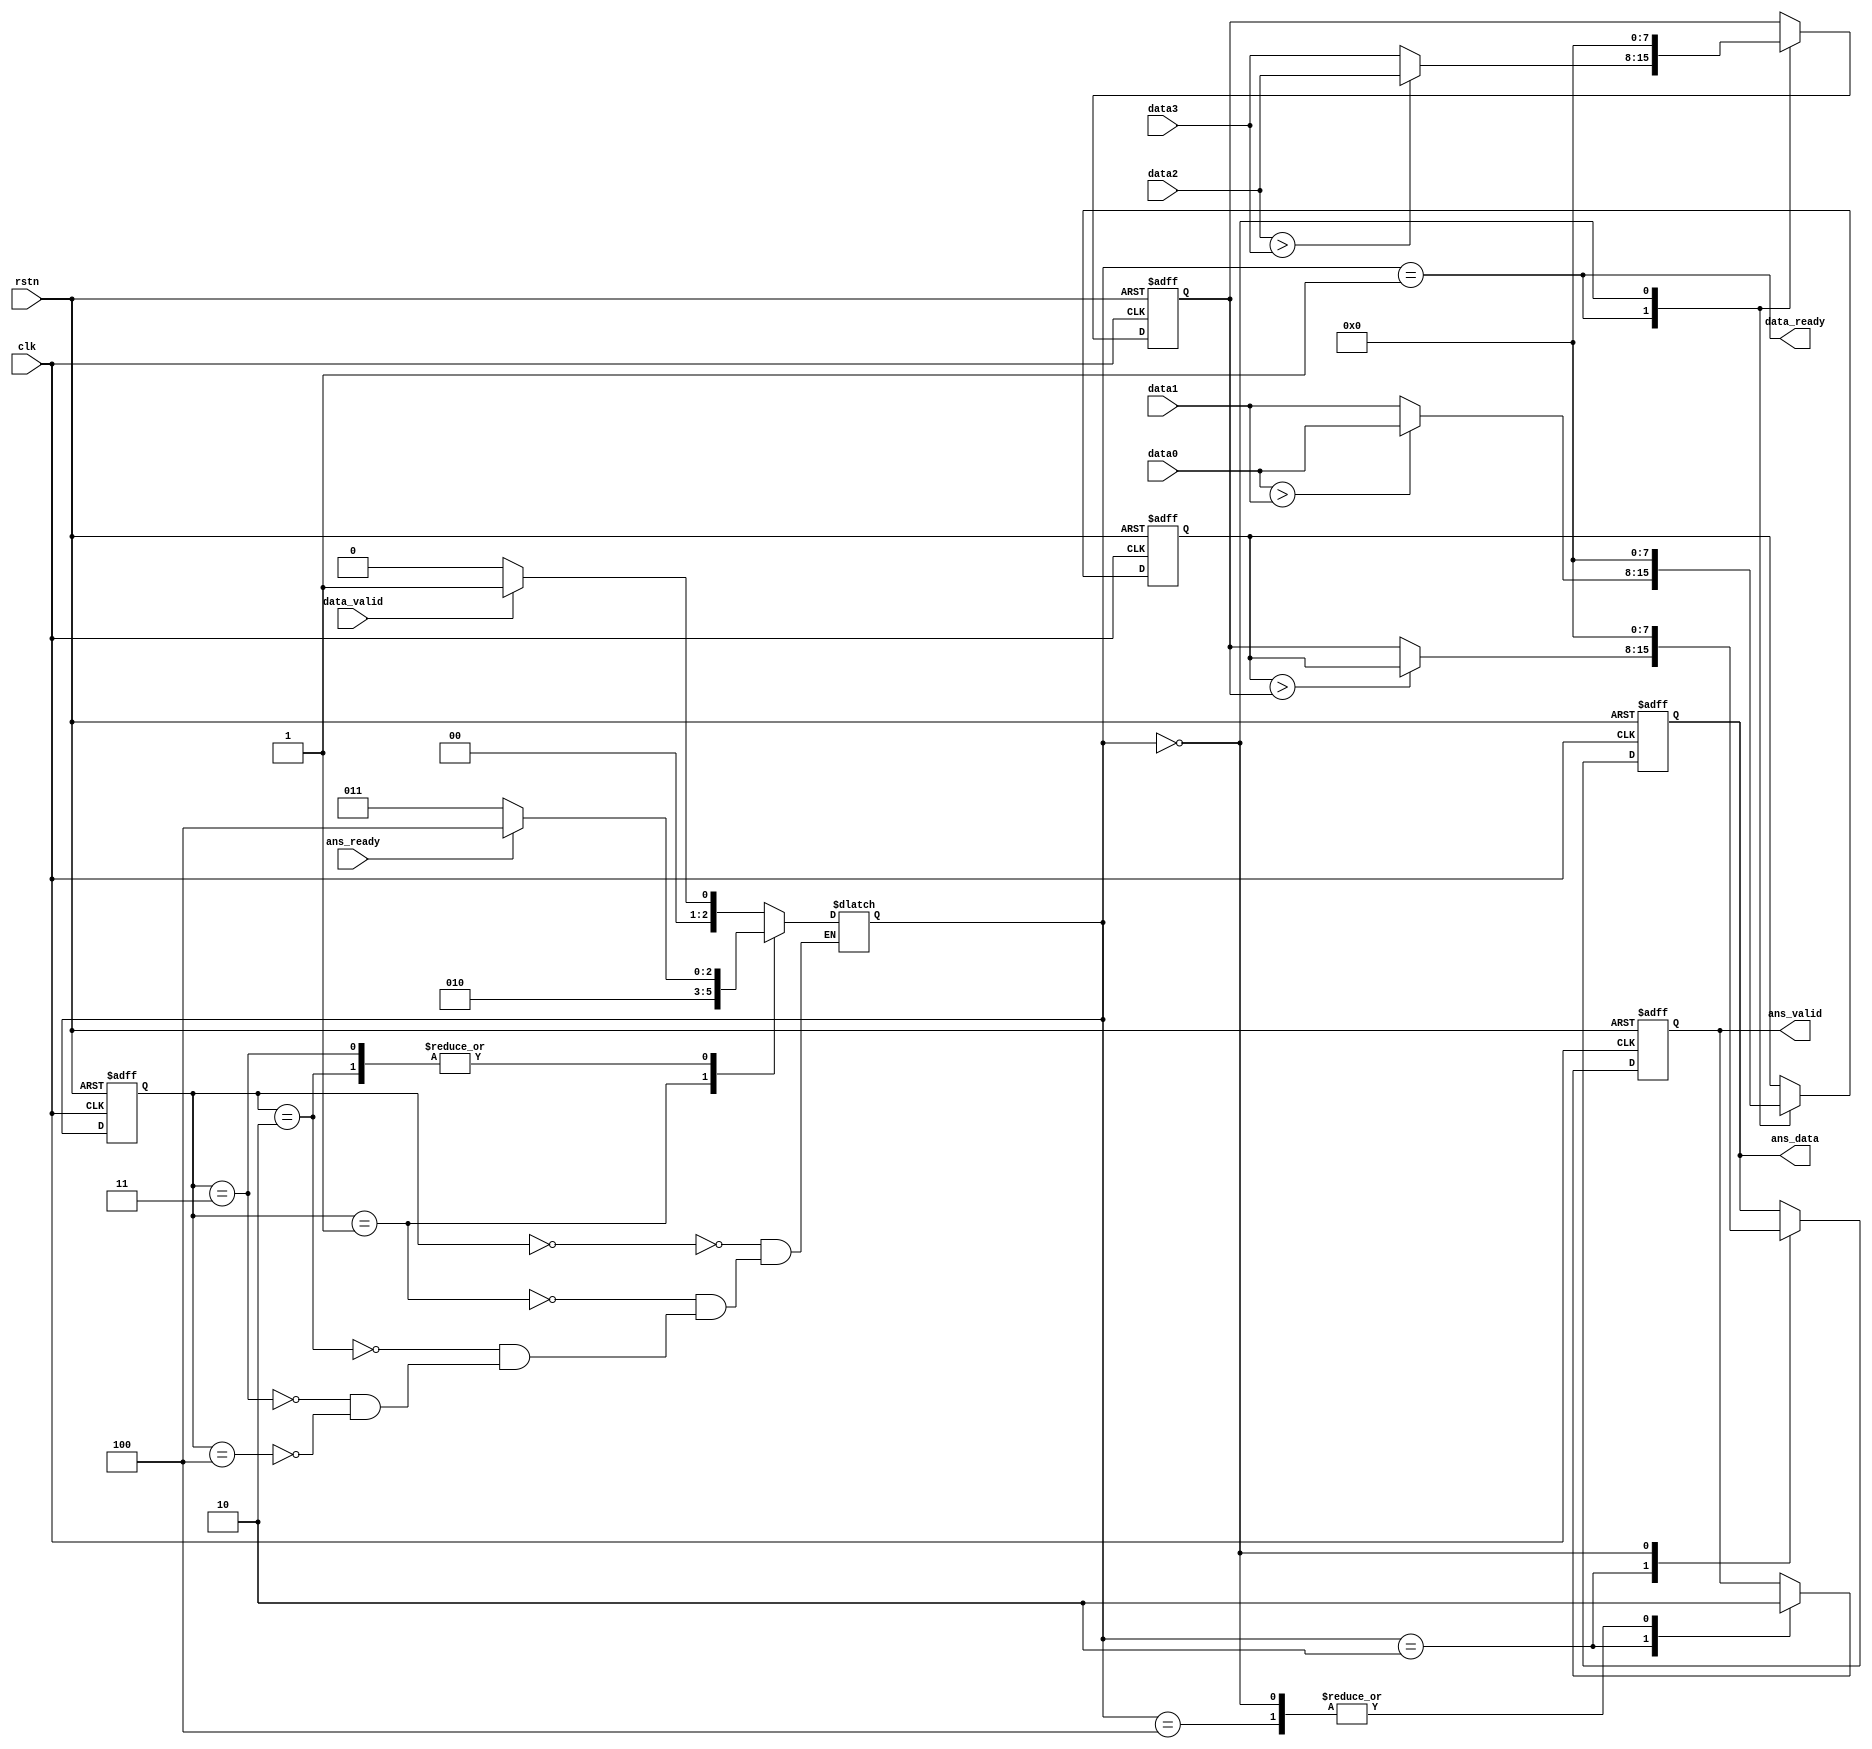
module pool (
    input clk,
    input rstn,

    input [7:0] data0,
    input [7:0] data1,
    input [7:0] data2,
    input [7:0] data3,
    input data_valid,
    output data_ready,

    output reg [7:0] ans_data,
    output reg ans_valid,
    input ans_ready
);
    parameter pool_idle = 3'd0;
    parameter pool_work1 = 3'd1;
    parameter pool_work2 = 3'd2;
    parameter pool_wait = 3'd3;
    parameter pool_send = 3'd4;
    reg [2:0] state, nextstate;
    reg [7:0] data_reg1;
    reg [7:0] data_reg2;

    assign data_ready = (nextstate == pool_work1);
    always @(posedge clk or negedge rstn) begin
        if (~rstn) begin
            ans_data <= 0;
            ans_valid <= 0;
            data_reg1 <= 0;
            data_reg2 <= 0;
        end
        else case (nextstate)
            pool_work1: begin
                data_reg1 <= (data0>data1)? data0: data1;
                data_reg2 <= (data2>data3)? data2: data3;
            end
            pool_work2: begin
                ans_data <= (data_reg1>data_reg2)? data_reg1: data_reg2;
                ans_valid <= 1;
            end
            pool_send: begin
                ans_valid <= 0;
            end
            pool_idle: begin
                ans_data <= 0;
                ans_valid <= 0;
                data_reg1 <= 0;
                data_reg2 <= 0;
            end
        endcase
    end

    always @(posedge clk or negedge rstn) begin
        if (~rstn)
            state <= pool_idle;
        else
            state <= nextstate;
    end

    always @(*) begin
        case (state)
            pool_idle:
                if (data_valid)
                    nextstate = pool_work1;
                else
                    nextstate = pool_idle;
            pool_work1:
                    nextstate = pool_work2;
            pool_work2:
                if (ans_ready)
                    nextstate = pool_send;
                else
                    nextstate = pool_wait;
            pool_wait:
                if (ans_ready)
                    nextstate = pool_send;
                else
                    nextstate = pool_wait;
            pool_send:
                if (data_valid)
                    nextstate = pool_work1;
                else
                    nextstate = pool_idle;
        endcase
    end

endmodule //pool